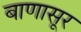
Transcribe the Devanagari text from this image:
बाणासूर